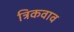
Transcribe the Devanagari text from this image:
त्रिकवाव